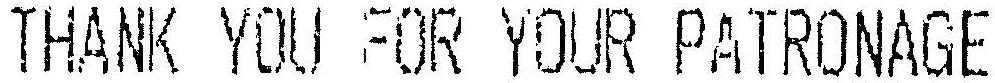
THANK YOU FOR YOUR PATRONAGE